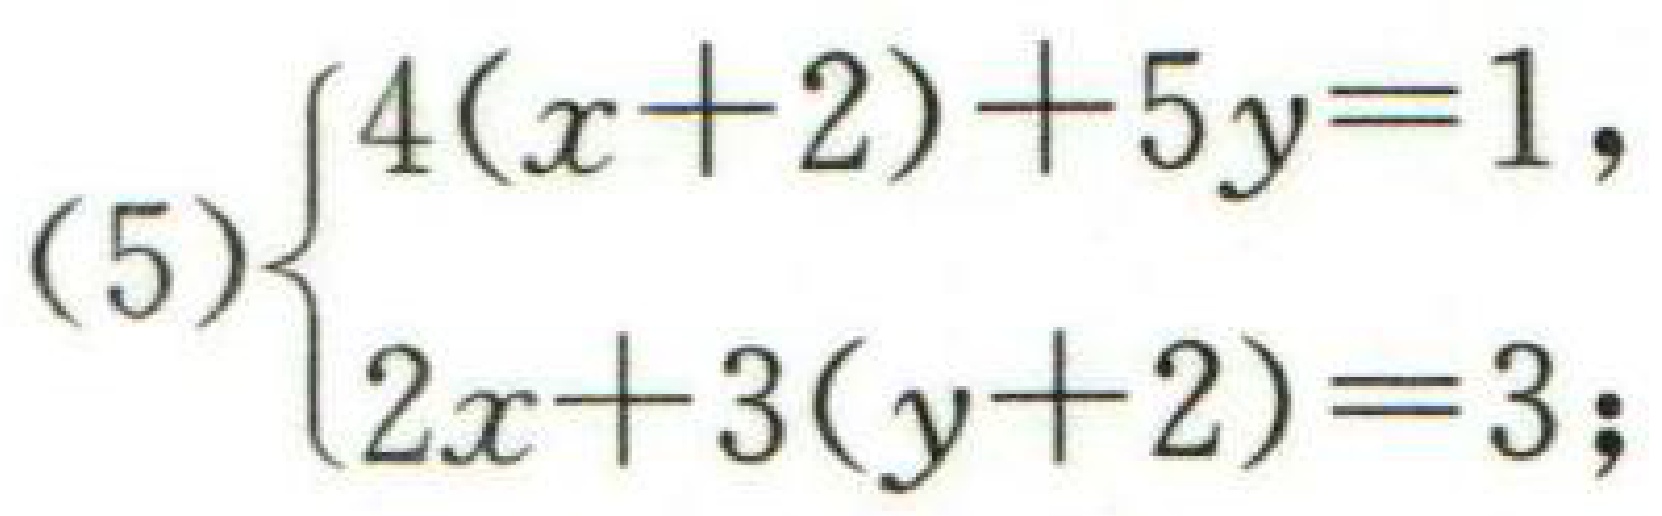
(5)$\begin{cases}4(x + 2)+5y = 1,\\2x+3(y + 2)=3;\end{cases}$